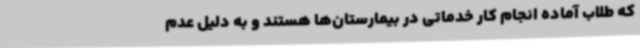
که طلاب آماده انجام کار خدماتی در بیمارستان‌ها هستند و به دلیل عدم